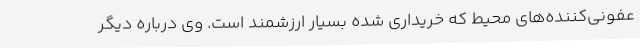
عفونی‌کننده‌های محیط که خریداری شده بسیار ارزشمند است. وی درباره دیگر